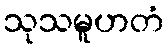
သုသမူဟတံ